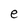
Character: e